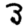
Digit: 3